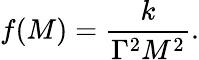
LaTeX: f(M)={\frac{k}{\Gamma^{2}M^{2}}}.